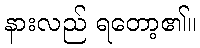
နားလည် ရတော့၏။